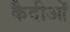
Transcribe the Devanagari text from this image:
कैदीओं